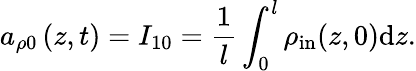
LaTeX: a_{\rho 0}\left(z,t\right)=I_{10}=\frac{1}{l}\int_{0}^{l}\rho_{\mathrm{in}}(z,0)\mathrm{d}z.